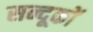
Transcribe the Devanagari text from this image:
सन्दूकों